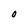
Character: O